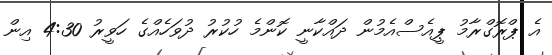
އެ ޕްރޮގްރާމު ޕީއެސްއެމުން ދައްކާނީ ކޮންމެ ހުކުރު ދުވަހެއްގެ ހަވީރު 4:30 އިން